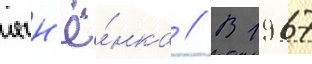
ягн'ё́нка // В 1967